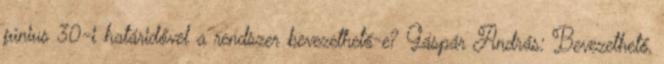
június 30-i határidővel a rendszer bevezethető-e? Gáspár András: Bevezethető,